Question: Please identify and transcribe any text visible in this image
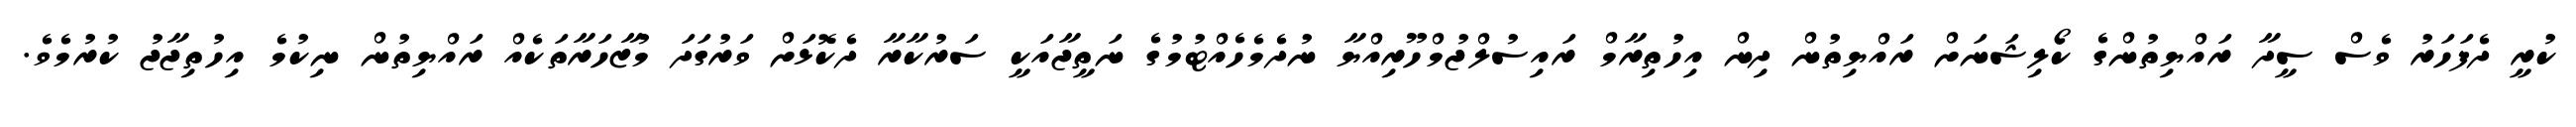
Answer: ކުރީ ދެފަހަރު ވެސް ސީދާ ރައްޔިތުންގެ ކޯލިޝަނަށް ރައްޔިތުން ދިން އިހުތިރާމް ރައިސުލްޖުމްހޫރިއްޔާ ނުދެމެހެއްޓުމުގެ ނަތީޖާއަކީ ސަރުކާރާ ދެކޮޅަށް ވަރުގަދަ މުޒާހަރާތަކެއް ރައްޔިތުން ނިކުމެ އިހުތިޖާޖު ކުރުމެވެ.